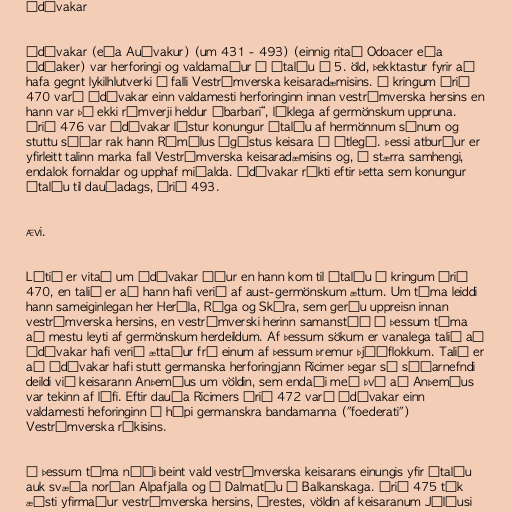
Ódóvakar

Ódóvakar (eða Auðvakur) (um 431 - 493) (einnig ritað Odoacer eða
Ódóaker) var herforingi og valdamaður á Ítalíu á 5. öld, þekktastur fyrir að
hafa gegnt lykilhlutverki í falli Vestrómverska keisaradæmisins. Í kringum árið
470 varð Ódóvakar einn valdamesti herforinginn innan vestrómverska hersins en
hann var þó ekki rómverji heldur „barbari“, líklega af germönskum uppruna.
Árið 476 var Ódóvakar lýstur konungur Ítalíu af hermönnum sínum og
stuttu síðar rak hann Rómúlus Ágústus keisara í útlegð. Þessi atburður er
yfirleitt talinn marka fall Vestrómverska keisaradæmisins og, í stærra samhengi,
endalok fornaldar og upphaf miðalda. Ódóvakar ríkti eftir þetta sem konungur
Ítalíu til dauðadags, árið 493.

Ævi.

Lítið er vitað um Ódóvakar áður en hann kom til Ítalíu í kringum árið
470, en talið er að hann hafi verið af aust-germönskum ættum. Um tíma leiddi
hann sameiginlegan her Herúla, Rúga og Skíra, sem gerðu uppreisn innan
vestrómverska hersins, en vestrómverski herinn samanstóð á þessum tíma
að mestu leyti af germönskum herdeildum. Af þessum sökum er vanalega talið að
Ódóvakar hafi verið ættaður frá einum af þessum þremur þjóðflokkum. Talið er
að Ódóvakar hafi stutt germanska herforingjann Ricimer þegar sá síðarnefndi
deildi við keisarann Anþemíus um völdin, sem endaði með því að Anþemíus
var tekinn af lífi. Eftir dauða Ricimers árið 472 varð Ódóvakar einn
valdamesti heforinginn í hópi germanskra bandamanna ("foederati")
Vestrómverska ríkisins.

Á þessum tíma náði beint vald vestrómverska keisarans einungis yfir Ítalíu
auk svæða norðan Alpafjalla og í Dalmatíu á Balkanskaga. Árið 475 tók
æðsti yfirmaður vestrómverska hersins, Órestes, völdin af keisaranum Júlíusi